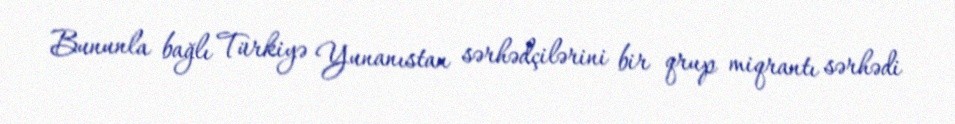
Bununla bağlı Türkiyə Yunanıstan sərhədçilərini bir qrup miqrantı sərhədi